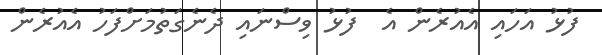
ފުޅު އަހައި އެއުރެން އެ  ފުޅު ވިސްނައި ދެނެގަތުމަށްފަހު އެއުރެން